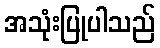
အသုံးပြုပါသည်